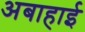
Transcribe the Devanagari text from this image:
अबाहाई